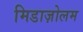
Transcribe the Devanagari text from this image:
मिडाज़ोलम